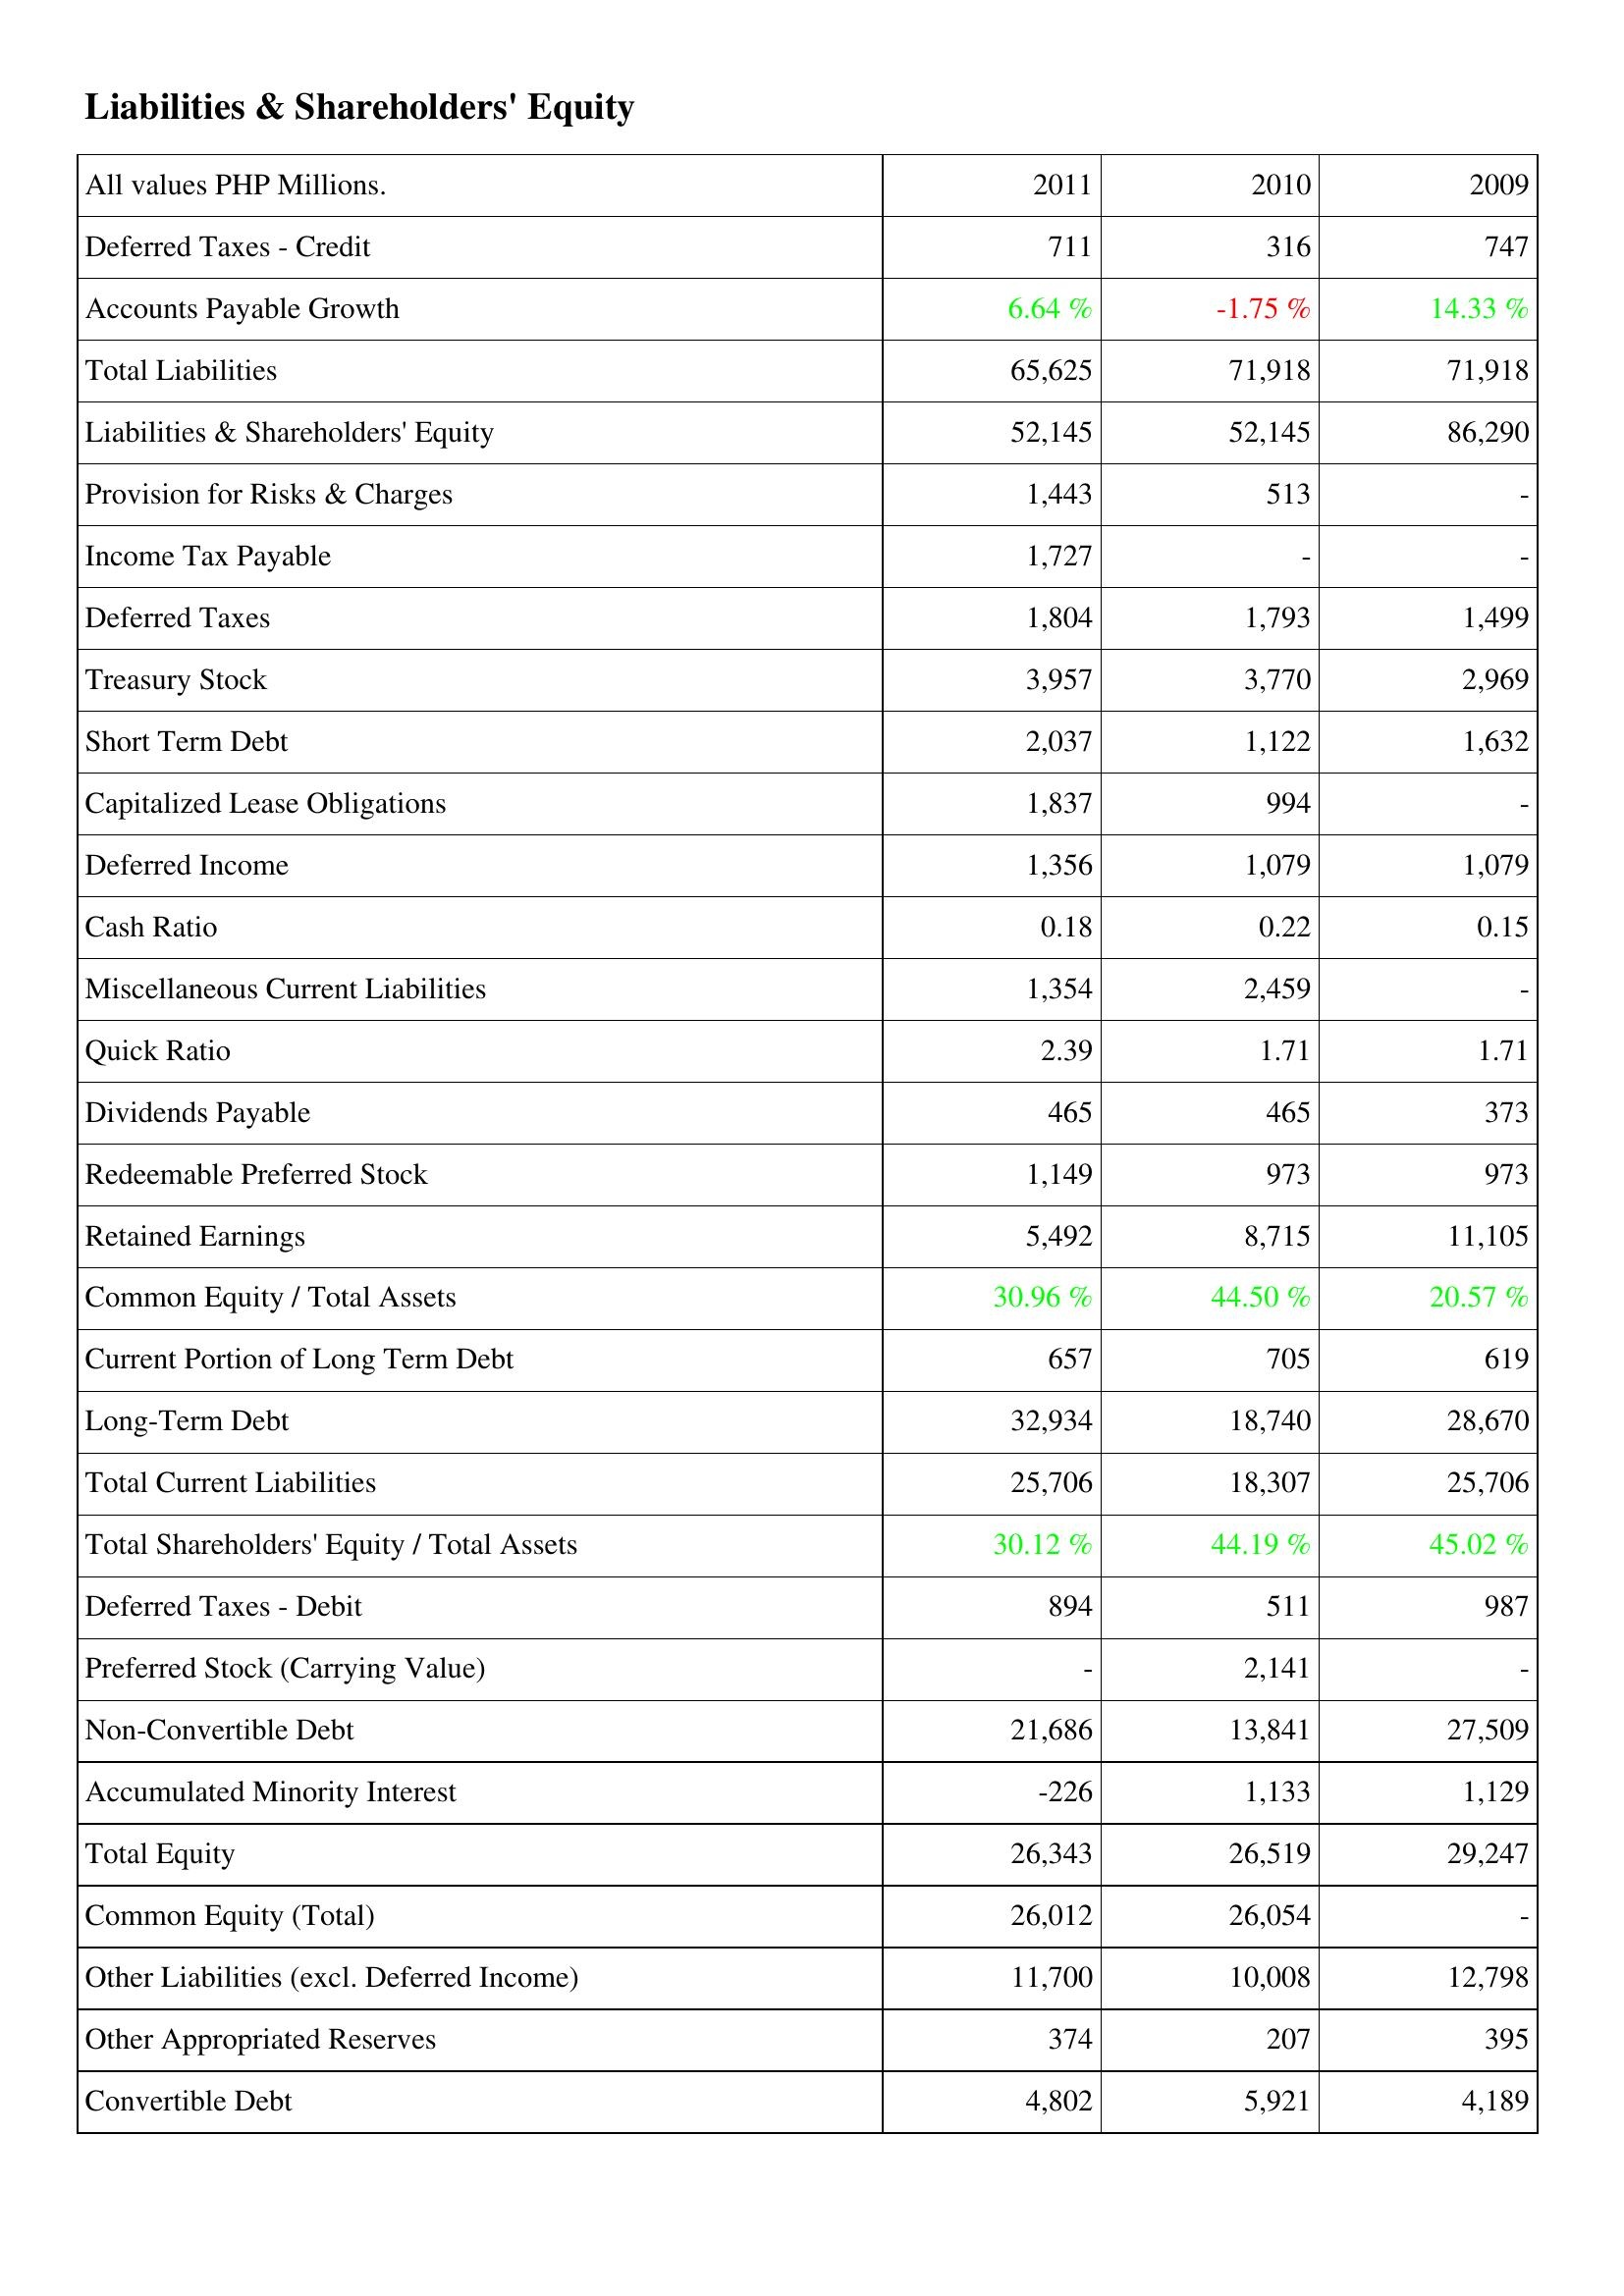
2011: Liabilities & Shareholders' Equity: Deferred Taxes - Credit: 711
Accounts Payable Growth: 6.64 %
Total Liabilities: 65,625
Liabilities & Shareholders' Equity: 52,145
Provision for Risks & Charges: 1,443
Income Tax Payable: 1,727
Deferred Taxes: 1,804
Treasury Stock: 3,957
Short Term Debt: 2,037
Capitalized Lease Obligations: 1,837
Deferred Income: 1,356
Cash Ratio: 0.18
Miscellaneous Current Liabilities: 1,354
Quick Ratio: 2.39
Dividends Payable: 465
Redeemable Preferred Stock: 1,149
Retained Earnings: 5,492
Common Equity / Total Assets: 30.96 %
Current Portion of Long Term Debt: 657
Long-Term Debt: 32,934
Total Current Liabilities: 25,706
Total Shareholders' Equity / Total Assets: 30.12 %
Deferred Taxes - Debit: 894
Preferred Stock (Carrying Value): -
Non-Convertible Debt: 21,686
Accumulated Minority Interest: -226
Total Equity: 26,343
Common Equity (Total): 26,012
Other Liabilities (excl. Deferred Income): 11,700
Other Appropriated Reserves: 374
Convertible Debt: 4,802
2010: Liabilities & Shareholders' Equity: Deferred Taxes - Credit: 316
Accounts Payable Growth: -1.75 %
Total Liabilities: 71,918
Liabilities & Shareholders' Equity: 52,145
Provision for Risks & Charges: 513
Income Tax Payable: -
Deferred Taxes: 1,793
Treasury Stock: 3,770
Short Term Debt: 1,122
Capitalized Lease Obligations: 994
Deferred Income: 1,079
Cash Ratio: 0.22
Miscellaneous Current Liabilities: 2,459
Quick Ratio: 1.71
Dividends Payable: 465
Redeemable Preferred Stock: 973
Retained Earnings: 8,715
Common Equity / Total Assets: 44.50 %
Current Portion of Long Term Debt: 705
Long-Term Debt: 18,740
Total Current Liabilities: 18,307
Total Shareholders' Equity / Total Assets: 44.19 %
Deferred Taxes - Debit: 511
Preferred Stock (Carrying Value): 2,141
Non-Convertible Debt: 13,841
Accumulated Minority Interest: 1,133
Total Equity: 26,519
Common Equity (Total): 26,054
Other Liabilities (excl. Deferred Income): 10,008
Other Appropriated Reserves: 207
Convertible Debt: 5,921
2009: Liabilities & Shareholders' Equity: Deferred Taxes - Credit: 747
Accounts Payable Growth: 14.33 %
Total Liabilities: 71,918
Liabilities & Shareholders' Equity: 86,290
Provision for Risks & Charges: -
Income Tax Payable: -
Deferred Taxes: 1,499
Treasury Stock: 2,969
Short Term Debt: 1,632
Capitalized Lease Obligations: -
Deferred Income: 1,079
Cash Ratio: 0.15
Miscellaneous Current Liabilities: -
Quick Ratio: 1.71
Dividends Payable: 373
Redeemable Preferred Stock: 973
Retained Earnings: 11,105
Common Equity / Total Assets: 20.57 %
Current Portion of Long Term Debt: 619
Long-Term Debt: 28,670
Total Current Liabilities: 25,706
Total Shareholders' Equity / Total Assets: 45.02 %
Deferred Taxes - Debit: 987
Preferred Stock (Carrying Value): -
Non-Convertible Debt: 27,509
Accumulated Minority Interest: 1,129
Total Equity: 29,247
Common Equity (Total): -
Other Liabilities (excl. Deferred Income): 12,798
Other Appropriated Reserves: 395
Convertible Debt: 4,189